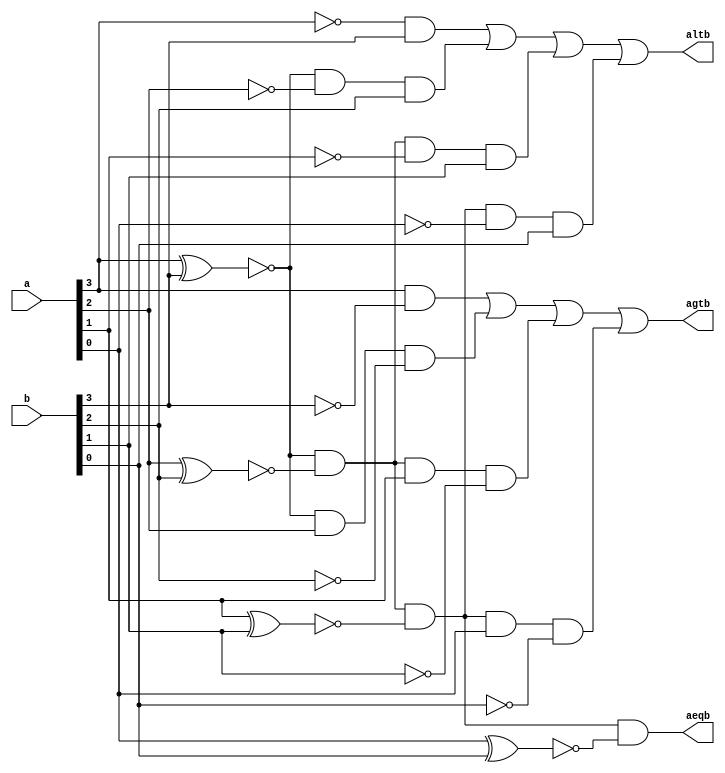
// Mdulo comparador de magnitude para numeros de quatro bits
// aeqb => a=b 
// agtb => a>b
// altb => a<b

module compmag (a,b,aeqb,agtb,altb);
	input [3:0] a, b; //Entradas de 4 bits
	output aeqb,agtb,altb;
	
	// Variveis Intermediarias
	wire x0,x1,x2,x3;
	
	assign x3 = ~(a[3] ^ b[3]); //x3 = a[3] xnor b[3]
	assign x2 = ~(a[2] ^ b[2]); //x2 = a[2] xnor b[2]
	assign x1 = ~(a[1] ^ b[1]); //x1 = a[1] xnor b[1]
	assign x0 = ~(a[0] ^ b[0]); //x0 = a[0] xnor b[0]
	
	//Compara os valores
	assign aeqb = x3 & x2 & x1 & x0;		
	assign agtb = a[3] & (~b[3]) | x3 & a[2] & (~b[2]) | x3 & x2 & a[1] & (~b[1]) | x3 & x2 & x1 & a[0] & (~b[0]);
	assign altb = (~a[3]) & b[3] | x3 & (~a[2]) & b[2] | x3 & x2 & (~a[1]) & b[1] | x3 & x2 & x1 & (~a[0]) & b[0];
	
endmodule